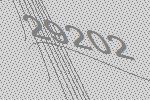
29202